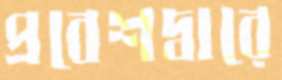
প্রবেশদ্বারে